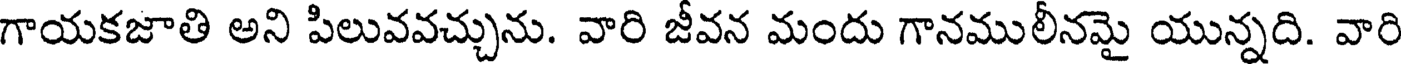
గాయకజాతి అని పిలువవచ్చును. వారి జీవన మందు గానములీనమై యున్నది. వారి